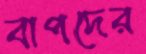
বাপদের